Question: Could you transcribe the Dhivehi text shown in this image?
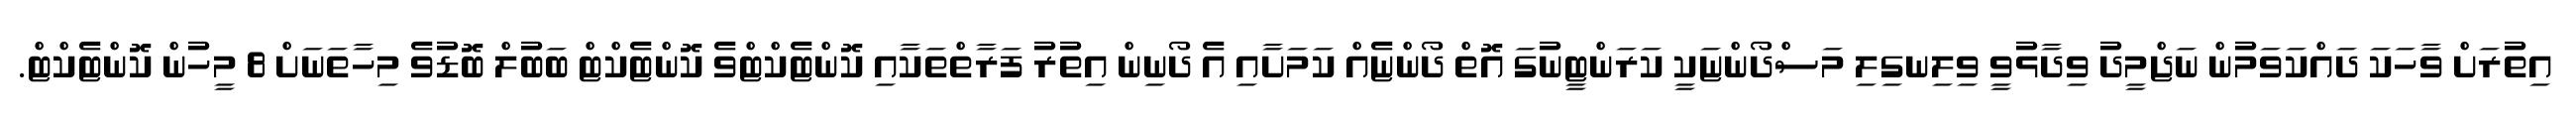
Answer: އިތުރަށް ވާހަކަ ދައްކަވަމުން ނަޖްމީދު ވިދާޅުވީ ވިލިނގިލި މަސްދޯންޏަކީ ކަރަންޓީނުގަ އޮތް ދޯންޏެއް ކަމަށާއި އެ ދޯނިން އިތުރު ފަރާތްތަކާއި ކޮންޓެކްޓްވެ ކޮންޓެކްޓް ބަބުލް ބޮޑުވެ މިހާތަނަށް 8 މީހުން ކޮންޓެކްޓް.